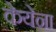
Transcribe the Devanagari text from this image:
केयेना